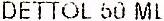
DETTOL 50 ML